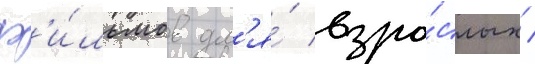
ф'и́льмов дл'я́ взро́слых /